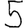
Digit: 5